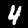
Label: 4